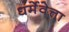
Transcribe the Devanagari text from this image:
धर्मेवेत्ता